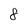
Character: 8